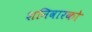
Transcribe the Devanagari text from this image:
शनिवारको